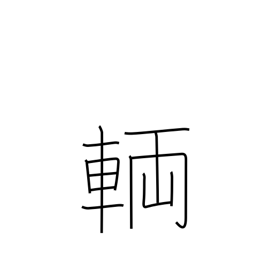
Meaning: numerary adjunct for vehicles